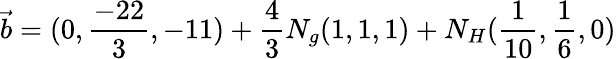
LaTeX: {\vec{b}}=(0,{\frac{-22}{3}},-11)+{\frac{4}{3}}N_{g}(1,1,1)+N_{H}({\frac{1}{10}},{\frac{1}{6}},0)